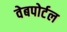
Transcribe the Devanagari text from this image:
वेबपोर्टल